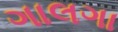
ગાલગા